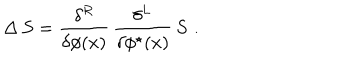
LaTeX: \Delta \, S = \frac { \delta ^ { R } } { \delta \phi ( x ) } \, \frac { \delta ^ { L } } { \delta \phi ^ { \star } ( x ) } \, S \, \, .